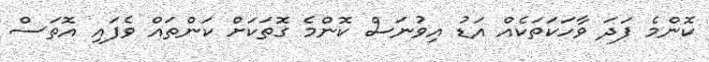
ކޮންމެ ފަދަ ވާހަކަތަކެއް އަޑު އިވުނަސް ކޮންމެ ގޮތަކަށް ކަންތައް ވެފައި އޮތަސް